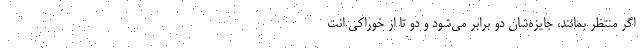
اگر منتظر بمانند، جایزه‌شان دو برابر می‌شود و دو تا از خوراکی انت